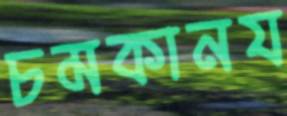
চমকানয